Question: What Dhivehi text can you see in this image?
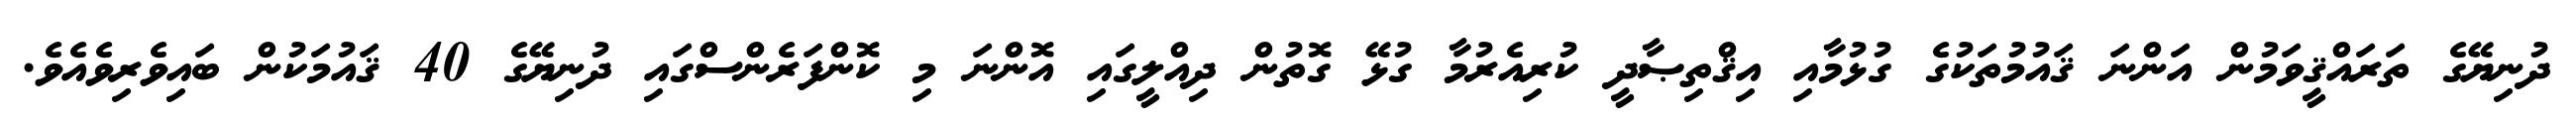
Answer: ދުނިޔޭގެ ތަރައްޤީވަމުން އަންނަ ޤައުމުތަކުގެ ގުޅުމާއި އިޤްތިޞާދީ ކުރިއެރުމާ ގުޅޭ ގޮތުން ދިއްލީގައި އޮންނަ މި ކޮންފަރެންސްގައި ދުނިޔޭގެ 40 ޤައުމަކުން ބައިވެރިވެއެވެ.